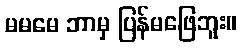
မမမေ ဘာမှ ပြန်မဖြေဘူး။